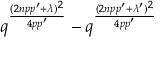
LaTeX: q ^ { \frac { ( 2 n p p ^ { \prime } + \lambda ) ^ { 2 } } { 4 p p ^ { \prime } } } - q ^ { \frac { ( 2 n p p ^ { \prime } + \lambda ^ { \prime } ) ^ { 2 } } { 4 p p ^ { \prime } } }